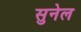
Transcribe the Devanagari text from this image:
सुनेल